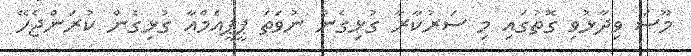
މޫސަ ވިދާޅުވި ގޮތުގައި މި ސަރުކާރާ ގުޅިގެން ނުވަތަ ޕީޕީއެމްއާ ގުޅިގެން ކުރަންޖެހޭ